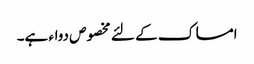
امساک کے لئے مخصوص دواء ہے۔